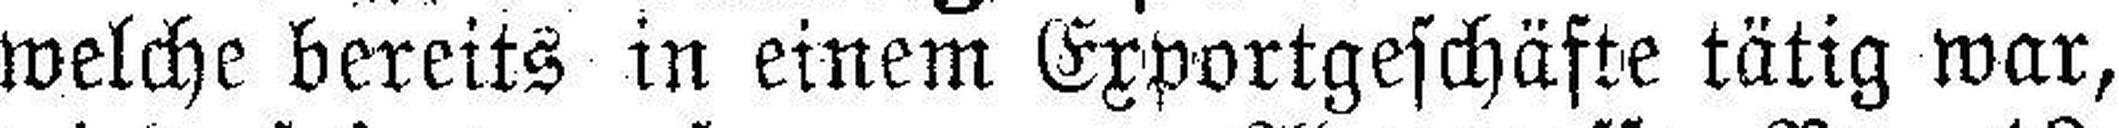
welche bereits in einem Exportgeschäfte tätig war,